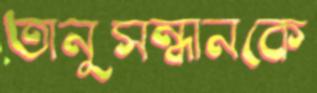
তানুসন্ধানকে